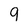
Character: 9